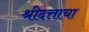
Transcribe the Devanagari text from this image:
श्रीदत्ताचा